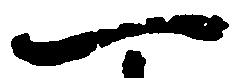
一